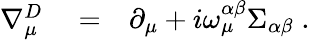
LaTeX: \begin{array}{rlr}{\nabla_{\mu}^{D}}&{{}=}&{\partial_{\mu}+i\omega_{\mu}^{\alpha\beta}\Sigma_{\alpha\beta}\; .}\end{array}